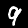
Digit: 9